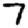
Digit: 7